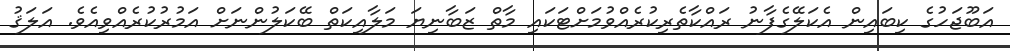
އަބޫޖަހުގެ ކިބައިން އެކަލޭގެފާނު ރައްކާތެރިކުރެއްވުމަށްޓަކައި މާތް ޒަބާނިޔަ މަލާއިކަތް ބޭކަލުންނަށް އަމުރުކުރެއްވިއެވެ. އަލަޤު